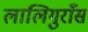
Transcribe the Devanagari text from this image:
लालिगुराँस